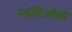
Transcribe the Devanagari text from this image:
ग्लॉरिओसा